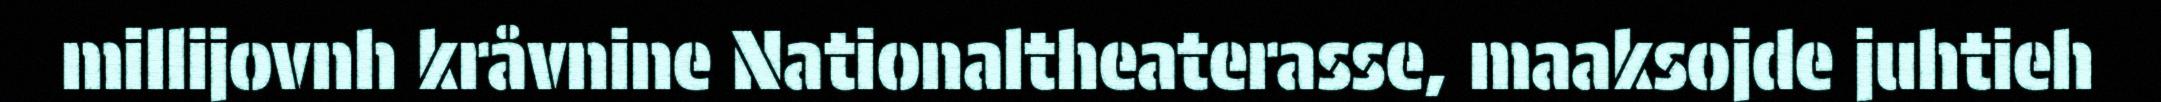
millijovnh kråvnine Nationaltheaterasse, maaksojde juhtieh